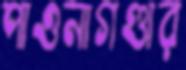
পাওনাগণ্ডার